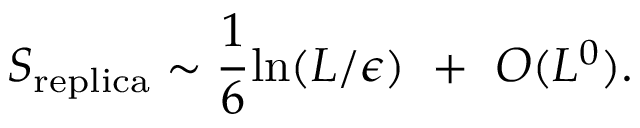
S _ { \mathrm { r e p l i c a } } \sim { \frac { 1 } { 6 } } \mathrm { l n } ( L / \epsilon ) ~ + ~ O ( L ^ { 0 } ) .